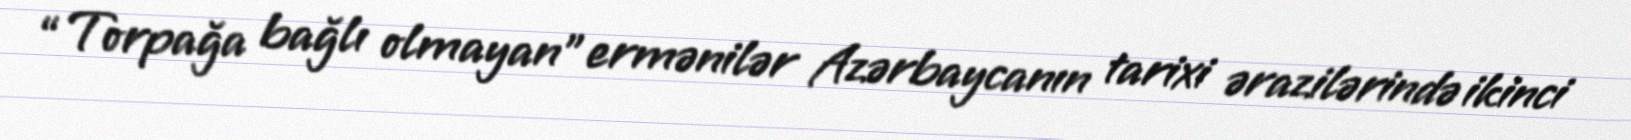
“Torpağa bağlı olmayan” ermənilər Azərbaycanın tarixi ərazilərində ikinci